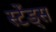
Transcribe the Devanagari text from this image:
स्टेंड्स